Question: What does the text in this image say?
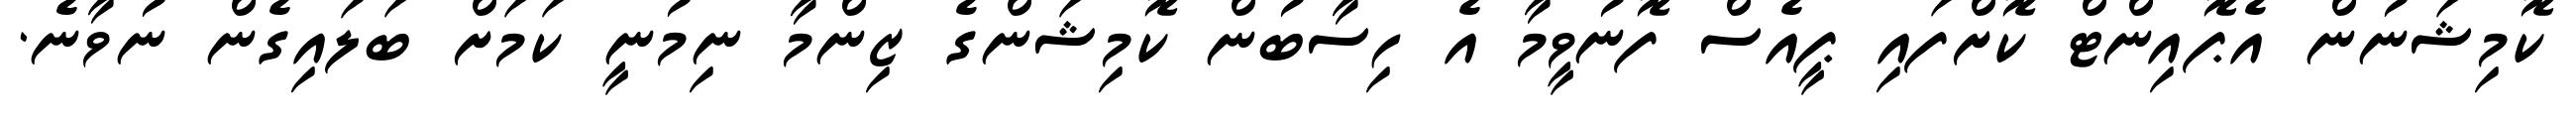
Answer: ކޮމިޝަނުން އެޕޮއިންޓް ކޮށްފައި ޕީއެސް ފޮނުވީމާ އެ ހިސާބުން ކޮމިޝަންގެ ޒިންމާ ނިމުނީ ކަމަށް ބަލައިގެން ނުވާނެ.